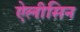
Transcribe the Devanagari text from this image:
ऐलीसिन